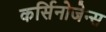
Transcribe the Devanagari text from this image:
कर्सिनोजेन्स